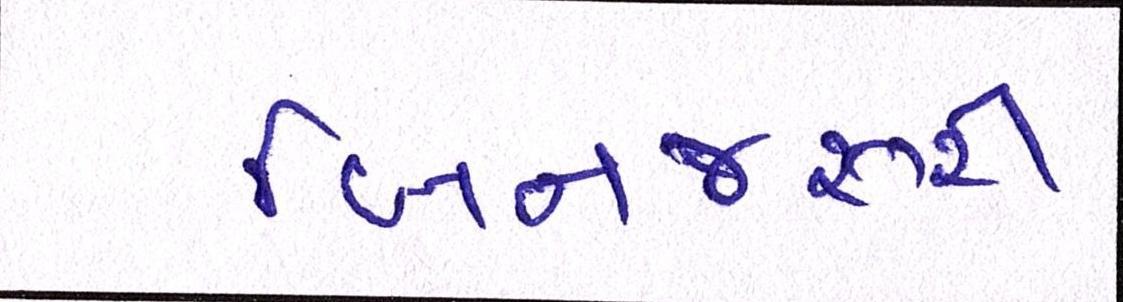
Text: બિનજરૂરી